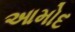
આમોદ